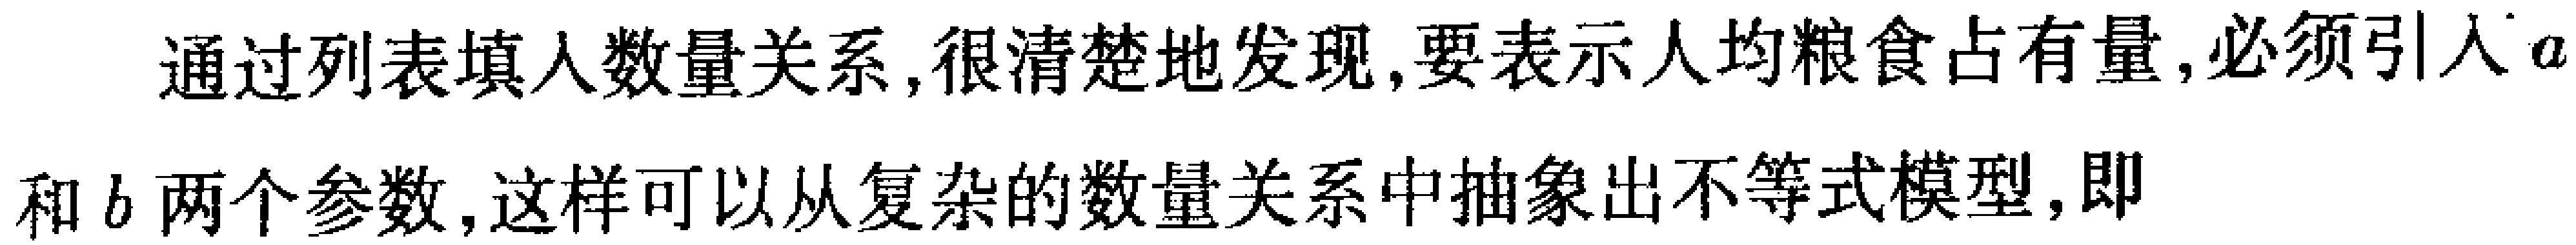
通过列表填入数量关系,很清楚地发现,要表示人均粮食占有量,必须引入\(a\)和\(b\)两个参数,这样可以从复杂的数量关系中抽象出不等式模型,即